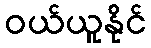
ဝယ်ယူနိုင်